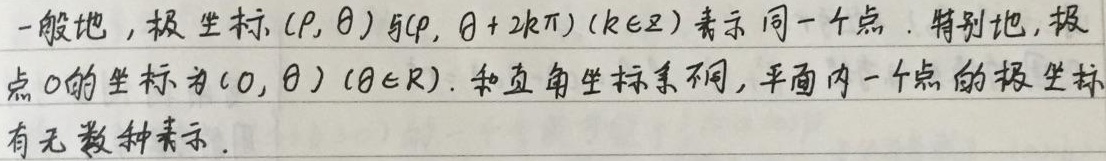
一般地，极坐标\((\rho, \theta)\)与\((\rho, \theta + 2k\pi)(k\in \mathbb{Z})\)表示同一个点。特别地，极点\(O\)的坐标为\((0, \theta)(\theta\in \mathbb{R})\)。和直角坐标系不同，平面内一个点的极坐标有无数种表示。